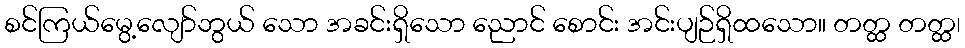
စင်ကြယ်မွေ့လျော်ဘွယ် သော အခင်းရှိသော ညောင် စောင်း အင်းပျဉ်ရှိထသော။ တတ္ထ တတ္ထ၊